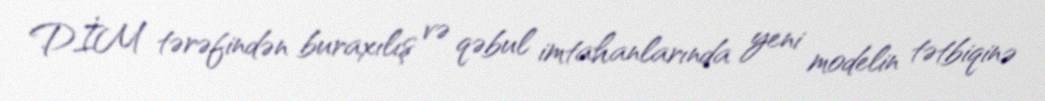
DİM tərəfindən buraxılış və qəbul imtahanlarında yeni modelin tətbiqinə